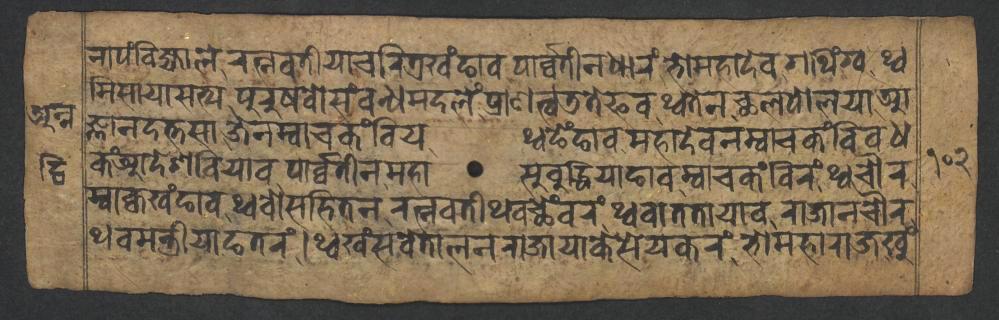
𑐣𑐵𑐥𑑄𑐧𑐶𑐖𑑂𑐫𑐵𑐮𑐾𑐬𑐟𑑂𑐣𑐰𑐟𑐷𑐫𑐵𑐔𑐬𑐶𑐟𑑂𑐬𑐏𑑄𑐒𑐵𑐰𑐥𑐵𑐬𑑂𑐰𑑂𑐰𑐟𑐷𑐣𑐢𑐵𑐬𑑄𑐨𑑀𑐩𑐴𑐵𑐡𑐾𑐰𑐐𑐠𑐶𑑄𑐐𑑂𑐰𑐠𑑂𑐰 𑐩𑐶𑐳𑐵𑐫𑐵𑐳𑐟𑑂𑐫𑐥𑐸𑐬𑐸𑐲𑐰𑑀𑐳𑑄𑐧𑐣𑑂𑐢𑐩𑐡𑐮𑐾𑑄𑐥𑑂𑐬𑐵𑐞𑐟𑑂𑐰𑐜𑐟𑐾𑐦𑐰𑐠𑑂𑐰𑐟𑐾𑐣𑐕𑐮𑐥𑑀𑐮𑐫𑐵𑐁 𑐖𑑂𑐘𑐵𑐣𑐡𑐟𑑂𑐟𑐳𑐵𑐖𑐾𑐣𑐩𑑂𑐰𑐵𑐔𑐎𑑄𑐧𑐶𑐫𑐠𑑂𑐰𑐒𑐾𑑄𑐒𑐵𑐰𑐩𑐴𑐵𑐡𑐾𑐰𑐣𑐩𑑂𑐰𑐵𑐔𑐎𑑄𑐧𑐶𑐰𑐢 𑐎𑑄𑐁𑐡𑐾𑐱𑐧𑐶𑐫𑐵𑐰𑐥𑐵𑐬𑑂𑐰𑑂𑐰𑐟𑐷𑐣𑐩𑐴𑐵𑐳𑐸𑐧𑐸𑐡𑑂𑐢𑐶𑐫𑐵𑐒𑐵𑐰𑐩𑑂𑐰𑐵𑐔𑐎𑑄𑐧𑐶𑐬𑑄𑐠𑑂𑐰𑐔𑑁𑐬 𑐩𑑂𑐰𑐵𑐎𑑂𑐰𑐏𑑄𑐒𑐵𑐰𑐠𑑂𑐰𑐰𑑀𑐳𑐴𑐶𑐟𑐣𑐬𑐟𑑂𑐣𑐰𑐟𑐷𑐠𑐰𑐕𑐾𑑄𑐰𑐬𑑄𑐠𑑂𑐰𑐰𑐵𑐟𑐟𑐵𑐫𑐵𑐰𑐬𑐵𑐖𑐵𑐣𑐔𑑁𑐬 𑐠𑐰𑐩𑐣𑑂𑐟𑑂𑐬𑐷𑐫𑐵𑐒𑐟𑐬𑑄𑑋𑐠𑑂𑐰𑐏𑑄𑐳𑐰𑐾𑐟𑐵𑐮𑐣𑐬𑐵𑐖𑐵𑐫𑐵𑐎𑐾𑐳𑐾𑐫𑐎𑐬𑑄𑐨𑑀𑐩𑐴𑐵𑐬𑐵𑐖𑐏𑐸𑑄